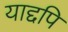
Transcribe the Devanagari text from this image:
याद्दपि